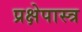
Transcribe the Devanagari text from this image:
प्रक्षेपास्‍त्र